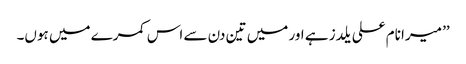
’’ میرا نام علی یلدز ہے اور میں تین دن سے اس کمرے میں ہوں۔